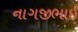
નાગજીભાઈ